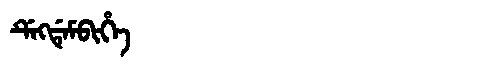
Manchu: ᡩᡝᡴᡩᡝᠮᠪᡳᡥᡝ
Romanization: DEKDEMBIHE